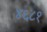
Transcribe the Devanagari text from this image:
४६८१